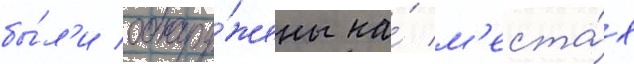
бы́л'и обнару́жены на́ м'еста́х